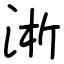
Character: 淅